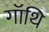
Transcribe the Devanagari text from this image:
गॉथि